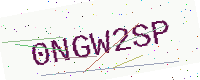
Text: 0NGW2SP